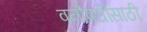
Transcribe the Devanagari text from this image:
वनौषधींसाठी